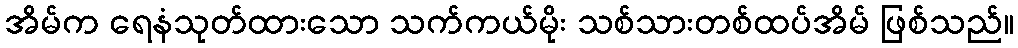
အိမ်က ရေနံသုတ်ထားသော သက်ကယ်မိုး သစ်သားတစ်ထပ်အိမ် ဖြစ်သည်။